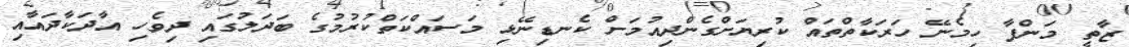
ޒާތީ މަންފާ ހިމެނޭ ހަރަކާތްތައް ކުރިޔަށްގެންދިއުމަށް ކެނޑިނޭޅި މަސައްކަތްކުރުމުގެ ބަދަލުގައި ދިވެހި އާދަކާދައާއި